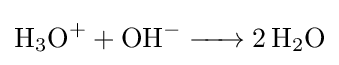
{\ce {H3O+ + OH- -> 2H2O}}